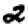
Digit: 2